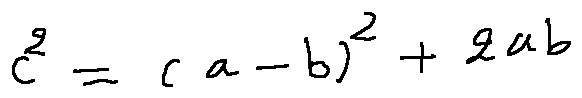
c ^ { 2 } = ( a - b ) ^ { 2 } + 2 a b